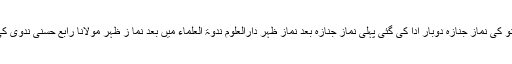
مرحومہ ڈاکٹر شہناز بانو کی نماز جنازہ دوبار ادا کی گئی پہلی نماز جنازہ بعد نماز ظہر دارالعلوم ندوۃ العلماء میں بعد نما ز ظہر مولانا رابع حسنی ندوی کی اقتداء میں ادا کی گئی۔